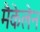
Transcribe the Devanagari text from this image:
मैकेलेन